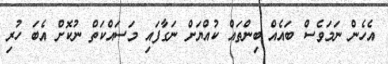
އެހެން ނަމަވެސް ބައެއް ބިންތައް ކުއްޔަށް ނަގާފައި މަސައްކަތް ނުކޮށް އެބަ ހުރި